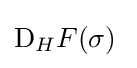
\mathrm {D} _{H}F(\sigma )\;